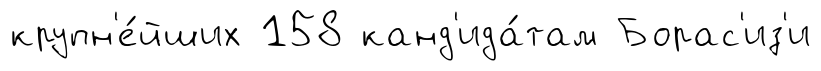
крупн'е́йших 158 канд'ида́там Борас'из'и